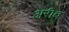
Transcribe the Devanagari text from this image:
अरीब